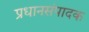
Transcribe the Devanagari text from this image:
प्रधानसंपादक